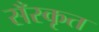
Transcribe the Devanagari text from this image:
सँस्कृत